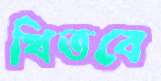
থিতবে